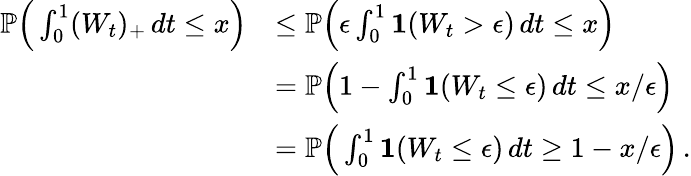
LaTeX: \begin{array}{rl}{\mathbb{P}\Big(\int_{0}^{1}(W_{t})_{+}\, dt\le x\Big)}&{\le\mathbb{P}\Big(\epsilon\int_{0}^{1}\mathbf{1}(W_{t}>\epsilon)\, dt\le x\Big)}\\ &{=\mathbb{P}\Big(1-\int_{0}^{1}\mathbf{1}(W_{t}\le\epsilon)\, dt\le x/\epsilon\Big)}\\ &{=\mathbb{P}\Big(\int_{0}^{1}\mathbf{1}(W_{t}\le\epsilon)\, dt\ge 1-x/\epsilon\Big)\, .}\end{array}